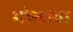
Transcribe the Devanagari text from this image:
गोन्डावा